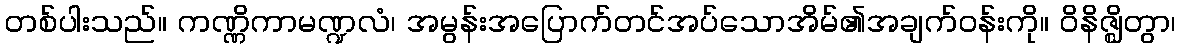
တစ်ပါးသည်။ ကဏ္ဏိကာမဏ္ဍလံ၊ အမွန်းအပြောက်တင်အပ်သောအိမ်၏အချက်ဝန်းကို။ ဝိနိဇ္ဈိတွာ၊